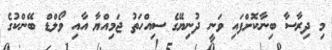
މި ދިރާސާ ބިނާކޮށްފައި ވަނީ ދުނިޔޭގެ ސިއްހަތު ޖަމިއްޔާ އާއި ވޯލްޑް ބޭންކުގެ